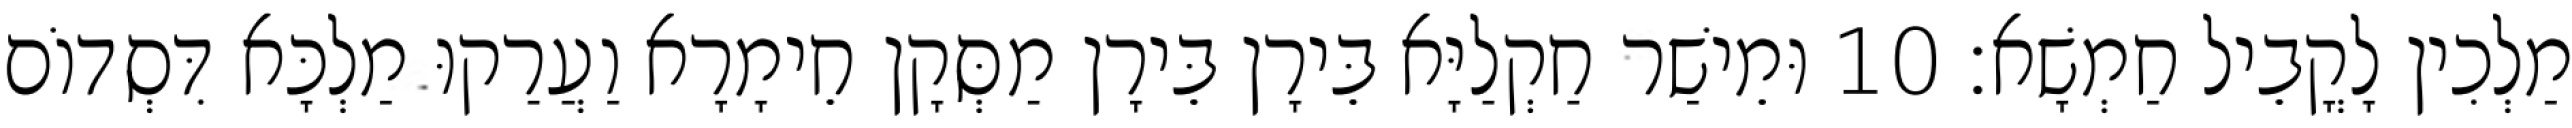
מַלְכִין לָקֳבֵיל חַמְשָׁא׃ 10 וּמֵישַׁר חַקְלַיָּא בֵּירָן בֵּירָן מַסְּקָן חֵימָרָא וַעֲרַקוּ מַלְכָּא דִּסְדוֹם